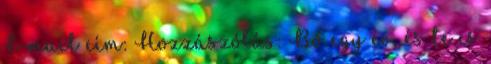
E-mail cím: Hozzászólás: Bő egy év, és te is